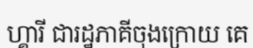
ហ្គារី ជារដ្ឋភាគីចុងក្រោយ គេ